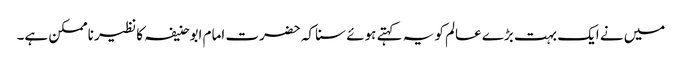
میں نے ایک بہت بڑے عالم کو یہ کہتے ہوئے سنا کہ حضرت امام ابوحنیفہ کا نظیر ناممکن ہے۔